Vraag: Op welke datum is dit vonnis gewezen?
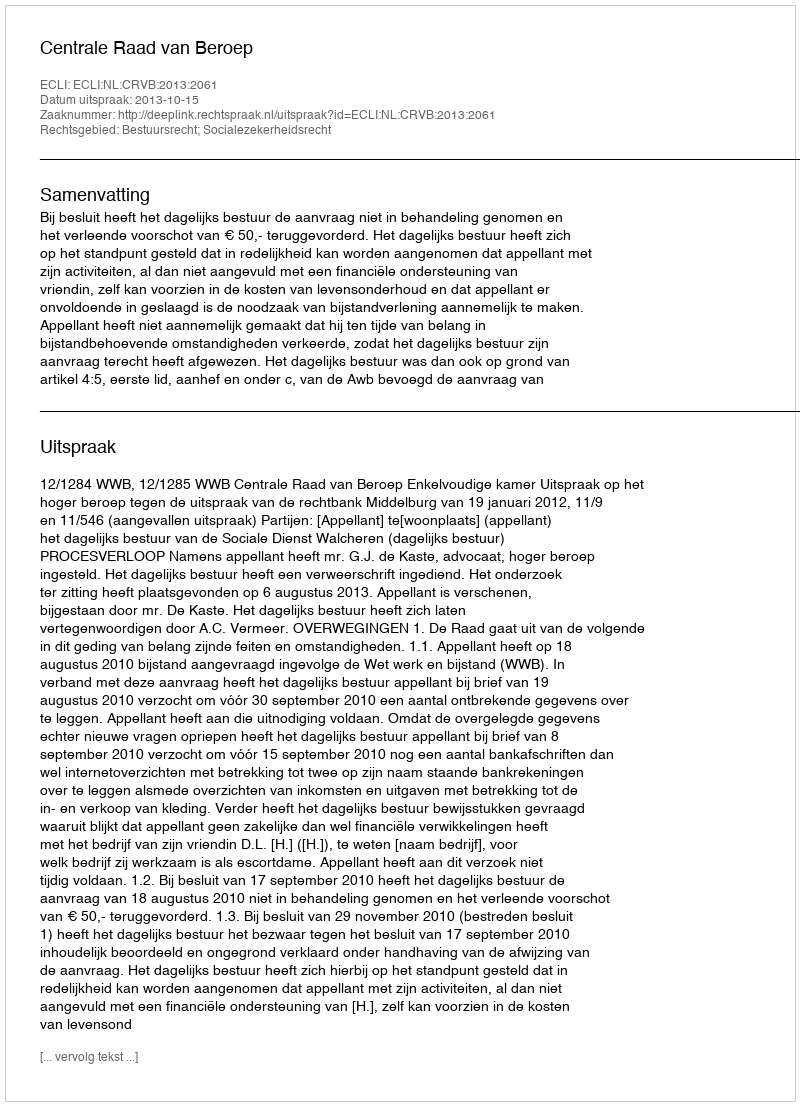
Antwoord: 2013-10-15